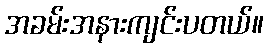
အခမ်းအနားကျင်းပတယ်။